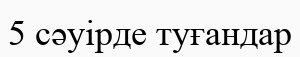
5 сәуірде туғандар